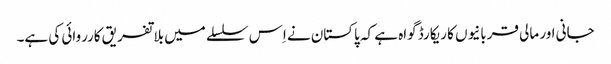
جانی اور مالی قربانیوں کا ریکارڈ گواہ ہے کہ پاکستان نے اِس سلسلے میں بلاتفریق کارروائی کی ہے۔